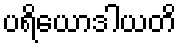
ပရိယောဒါယတိ